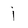
Character: j